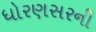
ધોરણસરની